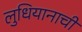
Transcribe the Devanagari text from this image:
लुधियानाची